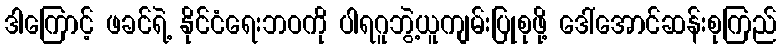
ဒါကြောင့် ဖခင်ရဲ့ နိုင်ငံရေးဘဝကို ပါရဂူဘွဲ့ယူကျမ်းပြုစုဖို့ ဒေါ်အောင်ဆန်းစုကြည်